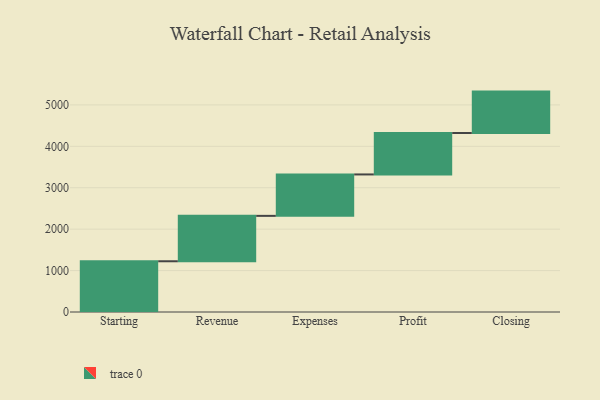
{"axis": {"x": "Step", "y": "Value"}, "legend": [""], "data": [{"x": "Starting", "y": 1225.0, "type": ""}, {"x": "Revenue", "y": 1096.0, "type": ""}, {"x": "Expenses", "y": 1000, "type": ""}, {"x": "Profit", "y": 1000, "type": ""}, {"x": "Closing", "y": 1000, "type": ""}]}